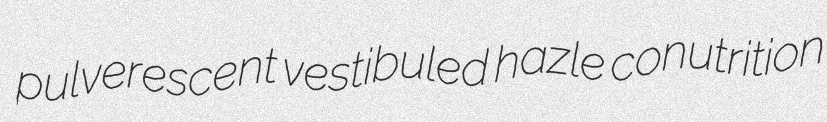
pulverescent vestibuled hazle conutrition